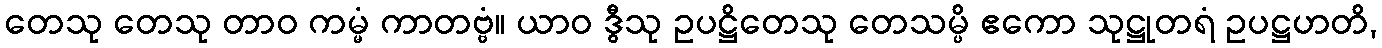
တေသု တေသု တာဝ ကမ္မံ ကာတဗ္ဗံ။ ယာဝ ဒွီသု ဥပဋ္ဌိတေသု တေသမ္ပိ ဧကော သုဋ္ဌုတရံ ဥပဋ္ဌဟတိ,